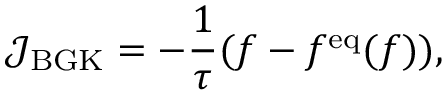
\mathcal { J } _ { \mathrm { B G K } } = - \frac { 1 } { \tau } ( f - f ^ { \mathrm { e q } } ( f ) ) ,